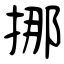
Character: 挪